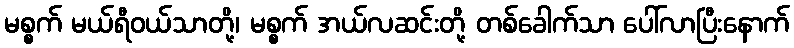
မစ္စက် မယ်ရီဝယ်သာတို့၊ မစ္စက် အယ်လဆင်းတို့ တစ်ခေါက်သာ ပေါ်လာပြီးနောက်